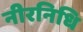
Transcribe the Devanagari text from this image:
नीरनिधि